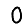
Digit: 0